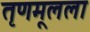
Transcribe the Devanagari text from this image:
तृणमूलला